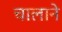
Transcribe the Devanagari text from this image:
चालाने